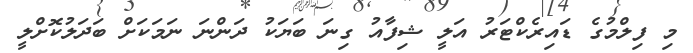
މި ފިލްމުގެ ޑައިރެކްޓަރު އަލީ ޝިފާއު ގިނަ ބަޔަކު ދަންނަ ނަމަކަށް ބަދަލުކޮށްލީ